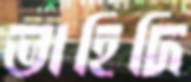
ভাহিদি